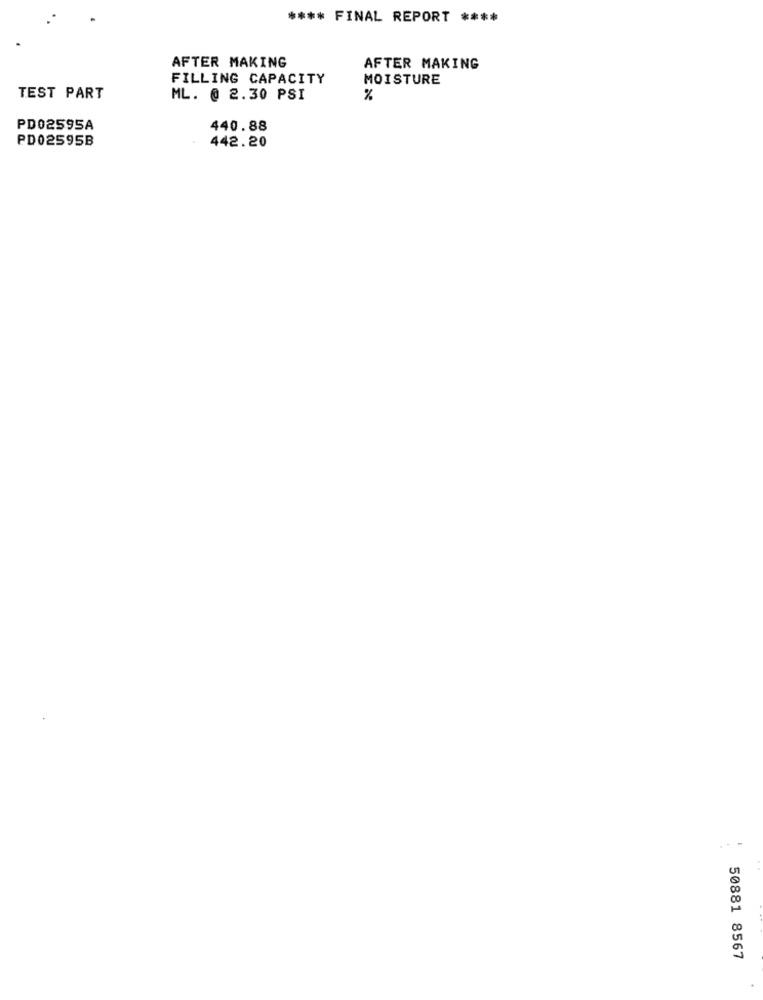
**** FINAL REPORT ****
AFTER MAKING
AFTER MAKING
FILLING CAPACITY
MOISTURE
TEST PART
ML. @ 2.30 PSI
%
PD02595A
440.88
PD02595B
442.20
50881 8567